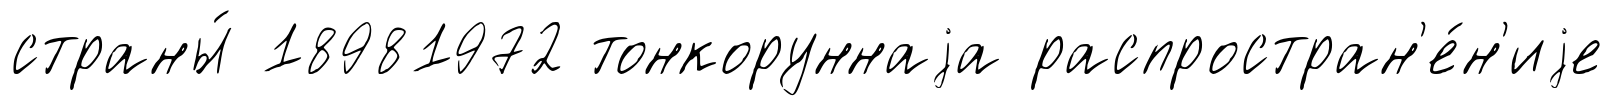
страны́ 18981972 тонкоруннаjа распростран'е́н'иjе